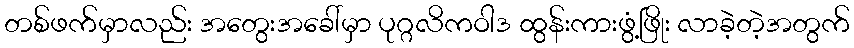
တစ်ဖက်မှာလည်း အတွေးအခေါ်မှာ ပုဂ္ဂလိကဝါဒ ထွန်းကားဖွံ့ဖြိုး လာခဲ့တဲ့အတွက်